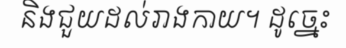
និងជួយដល់រាងកាយ។ ដូច្នេះ